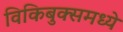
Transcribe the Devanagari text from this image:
विकिबुक्समध्ये